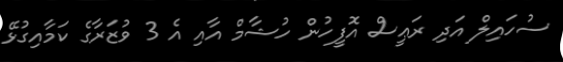
ސުހައިލް އަދި ރަޢީސް އޮފީހުން ހުޝާމް އާއި އެ 3 ވުޒަރާގެ ކަމާއިގުޅޭ